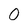
Character: 0